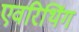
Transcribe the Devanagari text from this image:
एवरिथिंग